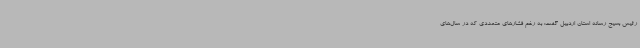
رئیس بسیج رسانه استان اردبیل گفت: به رغم فشارهای متعددی که در سال‌های